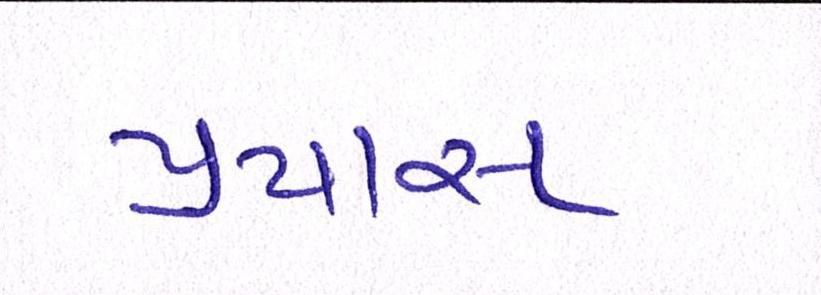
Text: પ્રયાસ